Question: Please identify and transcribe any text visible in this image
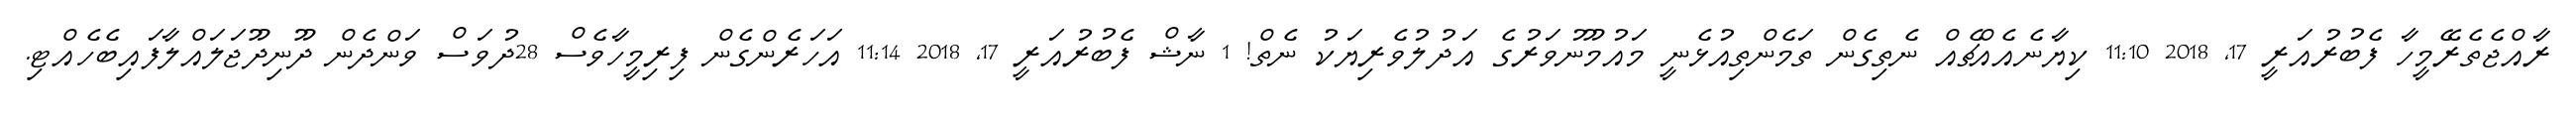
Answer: ރާއްޖެތެރޭމީހާ ފެބުރުއަރީ 17, 2018 11:10 ކިޔާނެއެއްޗެއް ނެތިގެން ތަމެންތިއުޅެނީ މައުމޫނުވަރުގެ އަދުލުވެރިޔަކު ނެތް! 1 ނާޝް ފެބުރުއަރީ 17, 2018 11:14 އަހަރެންގެން ފިރިމީހާވެސް 28ދުވަސް ވަންދެން ދޫނިދޫޖަލައްލާފައިބެހެއްޓި.